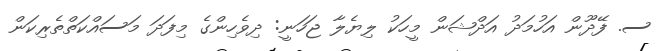
ސ. ފޭދޫން އަހުމަދު އަދްޝަން މީހަކު ލިޔެލާ ޖަހަނީ: ދިވެހިންގެ މިފަދަ މަސައްކަތްތެރިކަން